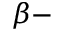
\beta -